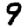
Digit: 9